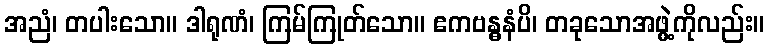
အညံ၊ တပါးသော။ ဒါရုဏံ၊ ကြမ်ကြုတ်သော။ ဧကဗန္ဓနံပိ၊ တခုသောအဖွဲ့ကိုလည်း။